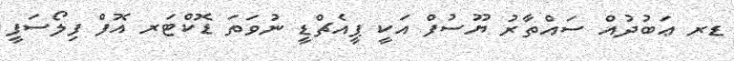
ޑރ ޢަބުދުއް ސައްތާރު ޔޫސުފް އަކީ ޕީއެޗްޑީ ނުވަތަ ޑޮކްޓަރ އޮފް ފިލޯސަފީ